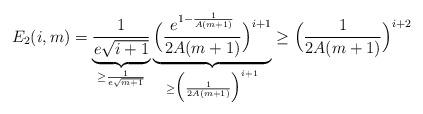
LaTeX: \begin{align*}E_2(i,m)=\underbrace{\frac{1}{e\sqrt{i+1}}}_{\geq\frac{1}{e\sqrt{m+1}}}\underbrace{\Big(\frac{e^{1-\frac{1}{A(m+1)}}}{2A(m+1)}\Big)^{i+1}}_{\geq\Big(\frac{1}{2A(m+1)}\Big)^{i+1}}\geq\Big(\frac{1}{2A(m+1)}\Big)^{i+2}\end{align*}